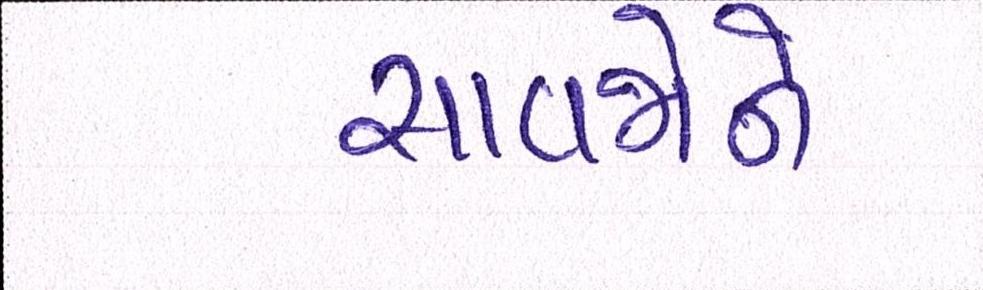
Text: સાવજોને